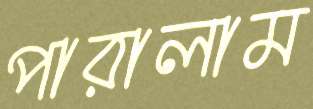
পারালাম